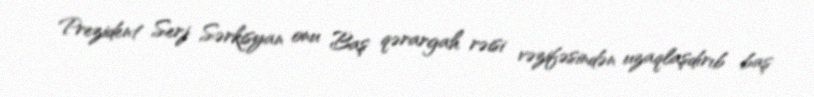
Prezident Serj Sərkisyan onu Baş qərargah rəisi vəzifəsindən uzaqlaşdırıb baş